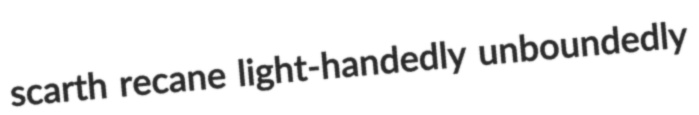
scarth recane light-handedly unboundedly